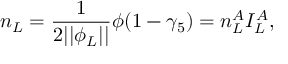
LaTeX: n _ { L } = \frac 1 { 2 | | \phi _ { L } | | } \phi ( 1 - \gamma _ { 5 } ) = n _ { L } ^ { A } I _ { L } ^ { A } ,